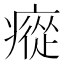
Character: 瘲